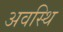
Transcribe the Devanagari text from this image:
अवस्थि